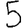
Digit: 5